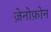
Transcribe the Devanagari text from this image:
ज़ेनोफ़ोन